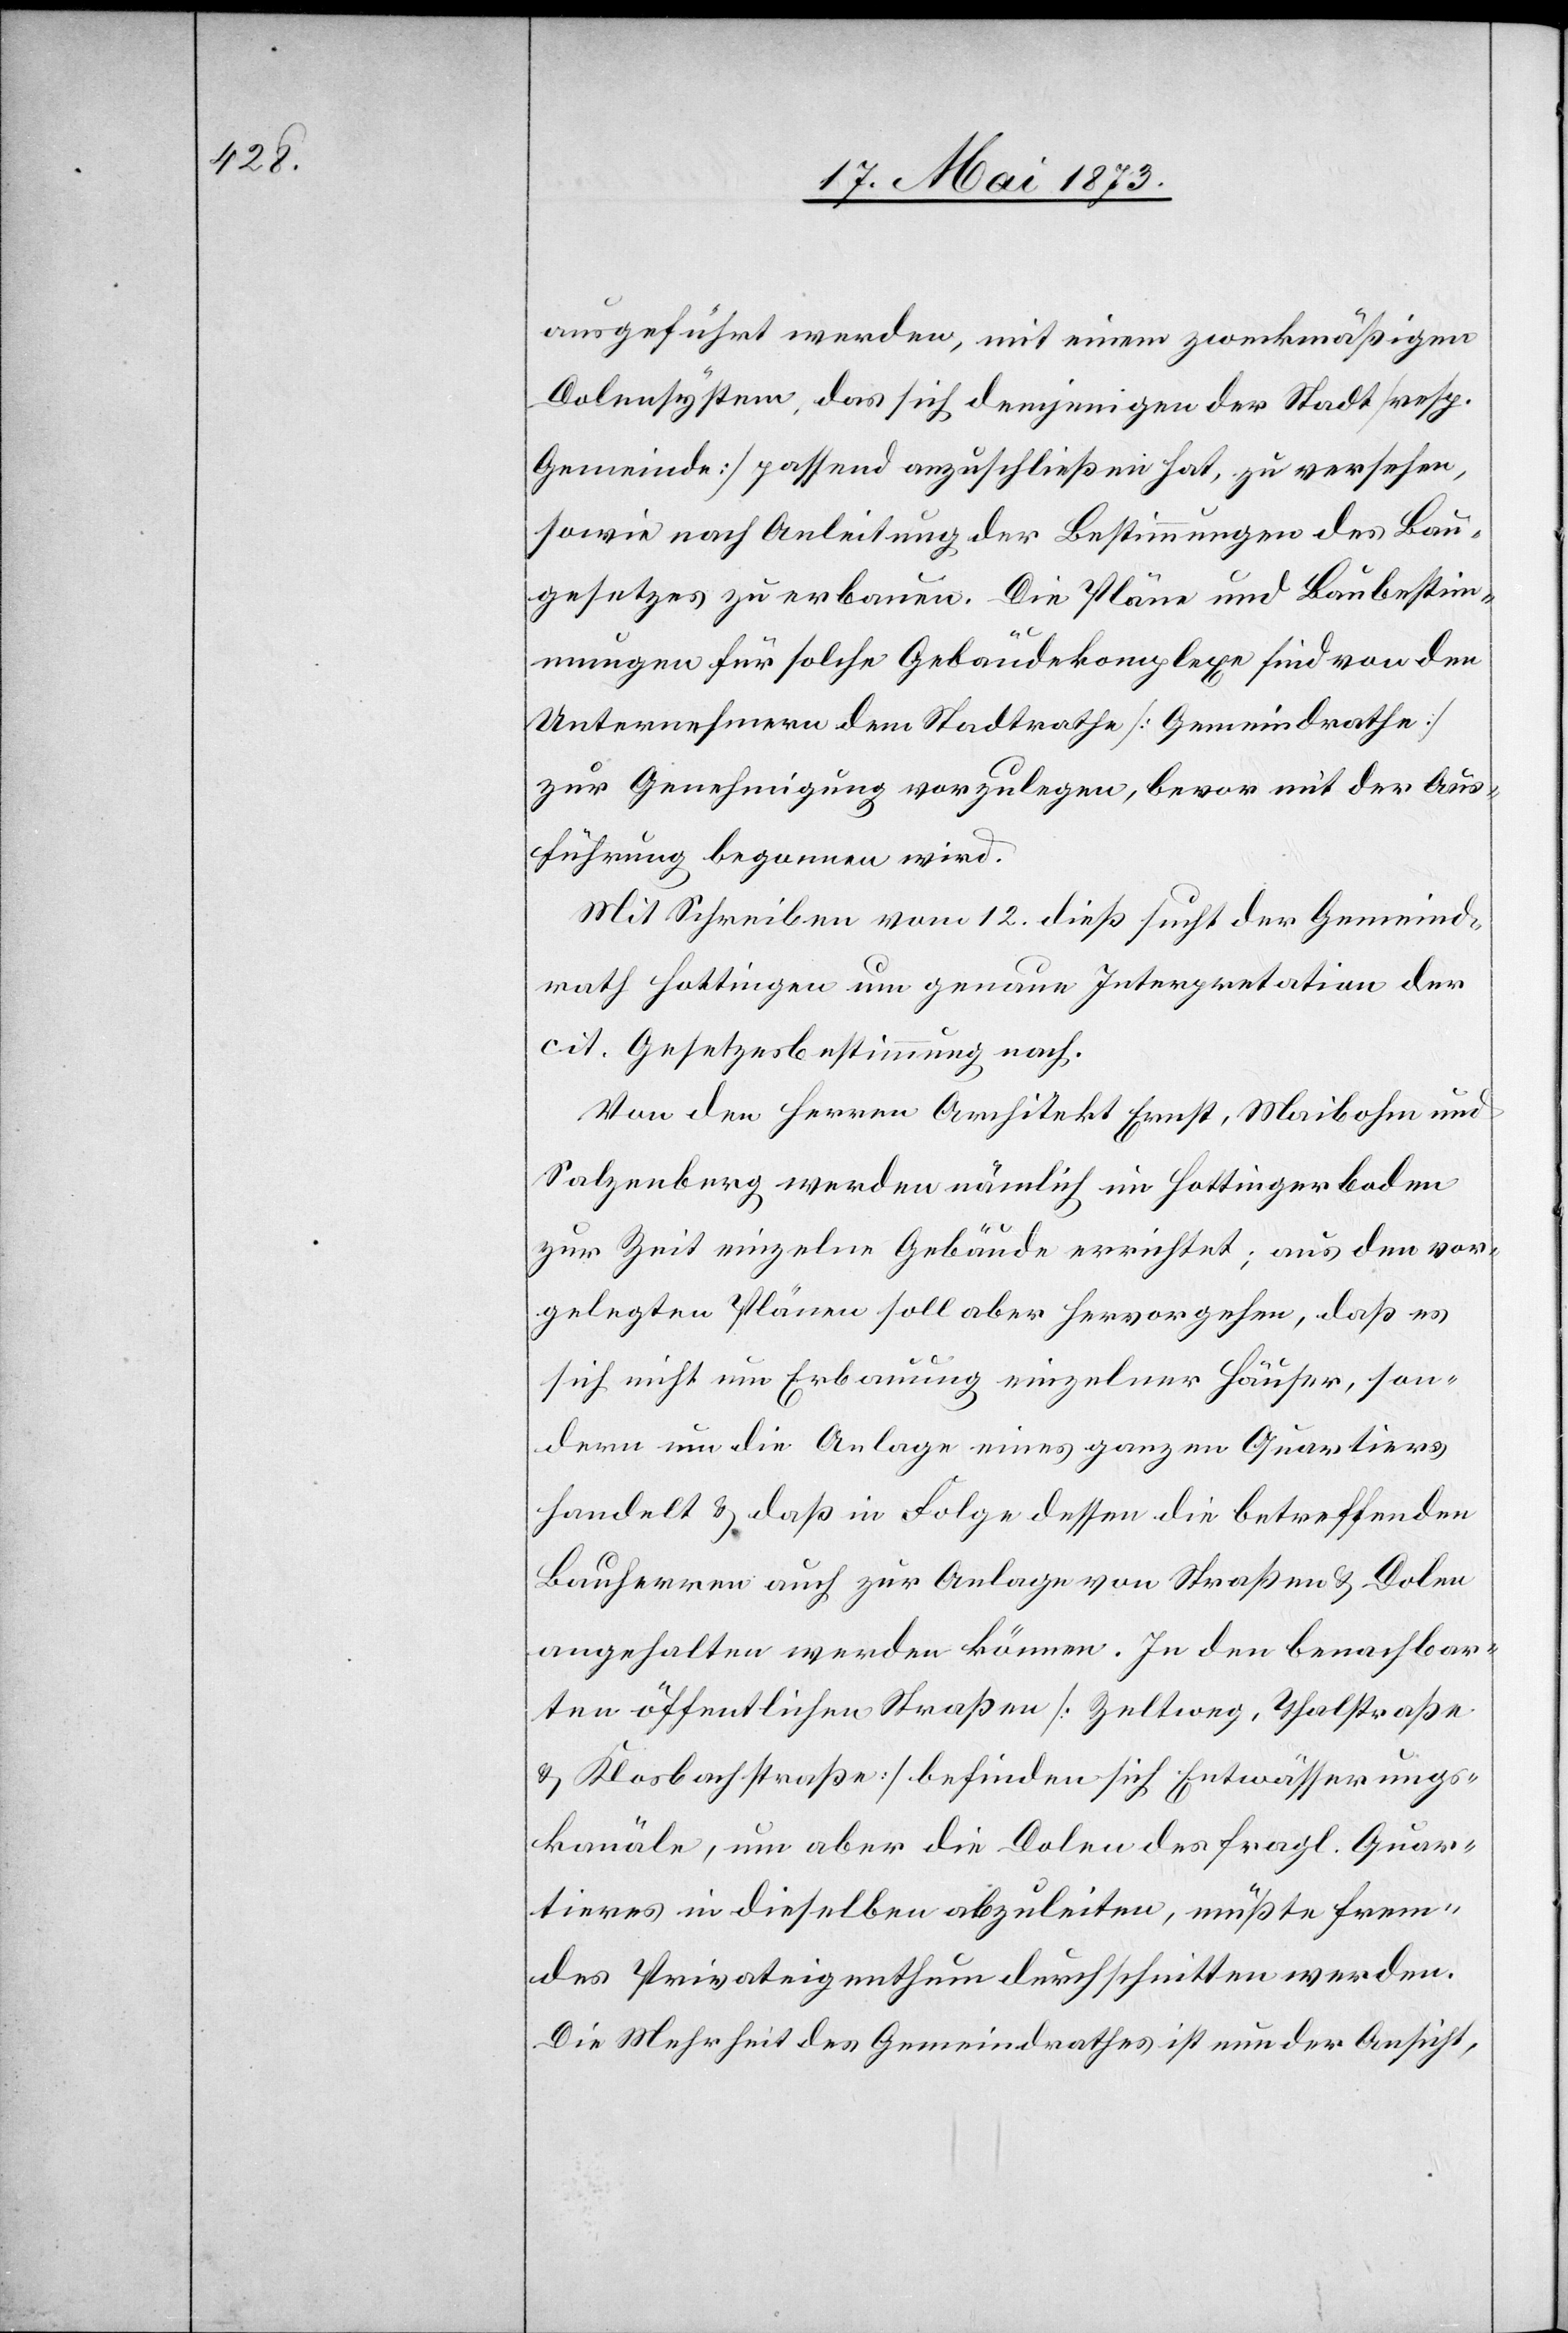
ausgeführt werden, mit einem zweckmäßigen
Dolensystem, das sich demjenigen der Stadt [resp.
Gemeinde] passend anzuschließen hat, zu versehen,
sowie nach Anleitung der Bestimmungen des Bau¬
gesetzes zu erbauen. Die Pläne und Baubestim¬
mungen für solche Gebäudekomplexe sind von den
Unternehmern dem Stadtrathe [Gemeindrathe]
zur Genehmigung vorzulegen, bevor mit der Aus¬
führung begonnen wird.
Mit Schreiben vom 12. dieß sucht der Gemeind¬
rath Hottingen um genaue Interpretation der
cit. Gesetzesbestimmung nach.
Von den Herren Architekt Ernst, Maibohm und
Salzenberg werden nämlich im Hottinger Boden
zur Zeit einzelne Gebäude errichtet; aus den vor¬
gelegten Plänen soll aber hervorgehen, daß es
sich nicht um Erbauung einzelner Häuser, son¬
dern um die Anlage eines ganzen Quartiers
handelt & daß in Folge dessen die betreffenden
Bauherren auch zur Anlage von Straßen & Dolen
angehalten werden können. In den benachbar¬
ten öffentlichen Straßen [Zeltweg, Thalstraße
& Klosbachstraße] befinden sich Entwässerungs¬
kanäle, um aber die Dolen des fragl. Quar¬
tieres in dieselben abzuleiten, müßte frem¬
des Privateigenthum durchschnitten werden.
Die Mehrheit des Gemeindrathes ist nun der Ansicht,